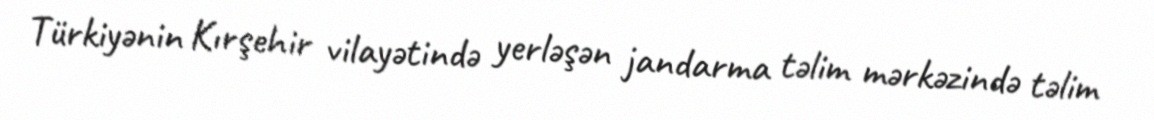
Türkiyənin Kırşehir vilayətində yerləşən jandarma təlim mərkəzində təlim